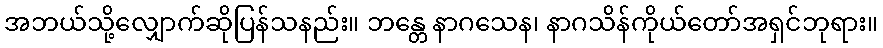
အဘယ်သို့လျှောက်ဆိုပြန်သနည်း။ ဘန္တေ နာဂသေန၊ နာဂသိန်ကိုယ်တော်အရှင်ဘုရား။